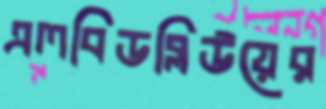
এলবিডব্লিউয়ের